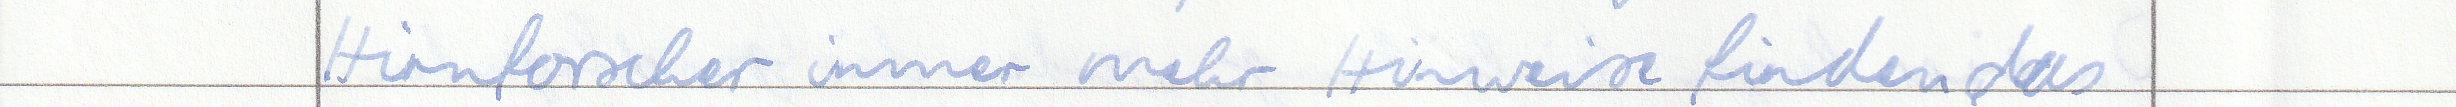
Hirnforscher immer mehr Hinweise finden das